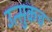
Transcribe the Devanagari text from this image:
उत्सुकच